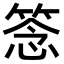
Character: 𥮘